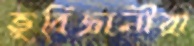
ভূবিজ্ঞানীরা